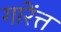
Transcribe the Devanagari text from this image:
गारेंत्त